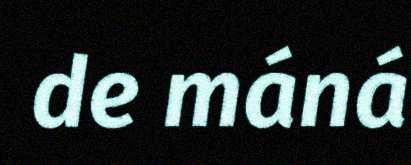
de máná